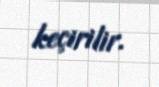
keçirilir.